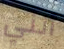
أنني